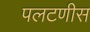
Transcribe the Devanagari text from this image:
पलटणीस